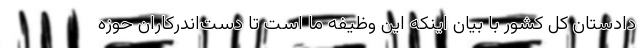
دادستان کل کشور با بیان اینکه این وظیفه ما است تا دست‌اندرکاران حوزه